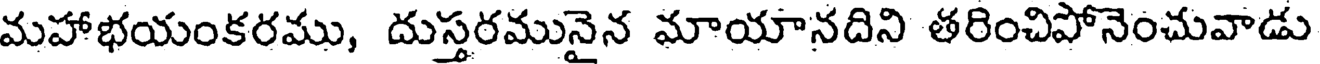
మహాభయంకరము, దుస్తరమునైన మాయానదిని తరించిపోనెంచువాడు